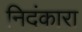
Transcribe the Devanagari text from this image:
निदंकारा